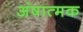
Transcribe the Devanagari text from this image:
अंषात्मक